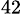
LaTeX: ^{42}